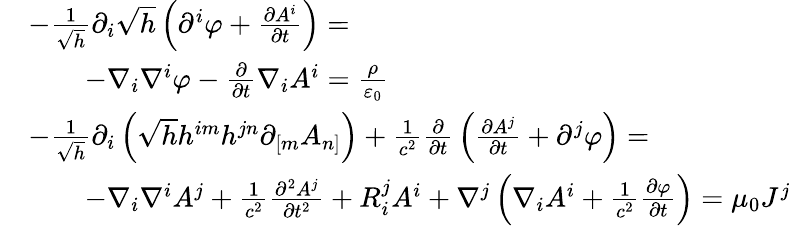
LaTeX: {\begin{array}{rl}&{{-}{\frac{1}{\sqrt{h}}}\partial_{i}{\sqrt{h}}\left(\partial^{i}\varphi+{\frac{\partial A^{i}}{\partial t}}\right)=}\\ &{\qquad-\nabla_{i}\nabla^{i}\varphi-{\frac{\partial}{\partial t}}\nabla_{i}A^{i}={\frac{\rho}{\varepsilon_{0}}}}\\ &{{-}{\frac{1}{\sqrt{h}}}\partial_{i}\left({\sqrt{h}}h^{im}h^{jn}\partial_{[m}A_{n]}\right)+{\frac{1}{c^{2}}}{\frac{\partial}{\partial t}}\left({\frac{\partial A^{j}}{\partial t}}+\partial^{j}\varphi\right)=}\\ &{\qquad{-}\nabla_{i}\nabla^{i}A^{j}+{\frac{1}{c^{2}}}{\frac{\partial^{2}A^{j}}{\partial t^{2}}}+R_{i}^{j}A^{i}+\nabla^{j}\left(\nabla_{i}A^{i}+{\frac{1}{c^{2}}}{\frac{\partial\varphi}{\partial t}}\right)=\mu_{0}J^{j}}\end{array}}